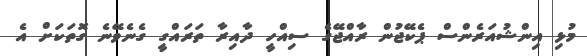
މުޅި އިންޝުއަރެންސް ޕެކޭޖުން ރާއްޖޭގެ ސިއްހީ ދާއިރާ ތަރައްގީ ގެނެވޭނެ ގޮތަކަށް އެ